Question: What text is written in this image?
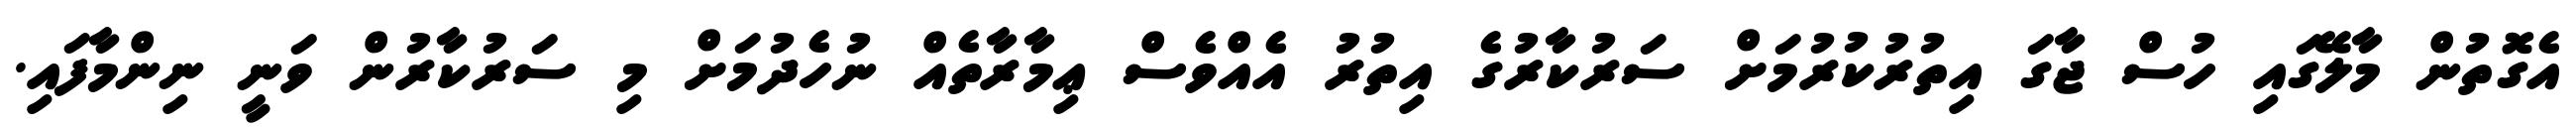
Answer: އެގޮތުން މާލޭގައި ހުސް ޖާގަ އިތުރުކުރުމަށް ސަރުކާރުގެ އިތުރު އެއްވެސް ޢިމާރާތެއް ނުހެދުމަށް މި ސަރުކާރުން ވަނީ ނިންމާފައި.